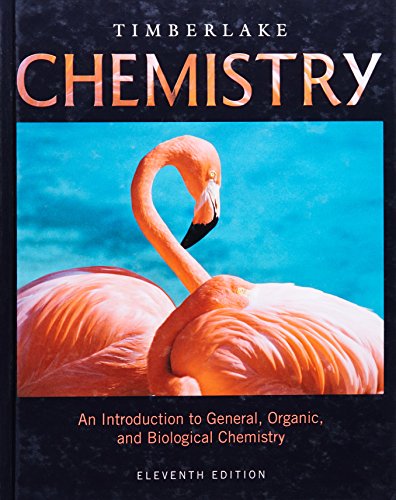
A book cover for Chemistry: An Introduction to General, Organic, and Biological Chemistry (11th Edition); Karen C. Timberlake; Engineering & Transportation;